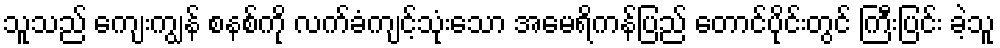
သူသည် ကျေးကျွန် စနစ်ကို လက်ခံကျင့်သုံးသော အမေရိကန်ပြည် တောင်ပိုင်းတွင် ကြီးပြင်း ခဲ့သူ